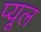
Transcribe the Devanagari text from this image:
प्यूल